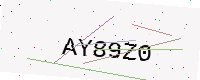
Text: AY89Z0